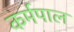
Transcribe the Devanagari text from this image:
कर्मपाल